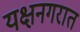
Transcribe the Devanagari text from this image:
यक्षनगरात